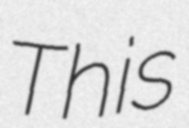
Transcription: This